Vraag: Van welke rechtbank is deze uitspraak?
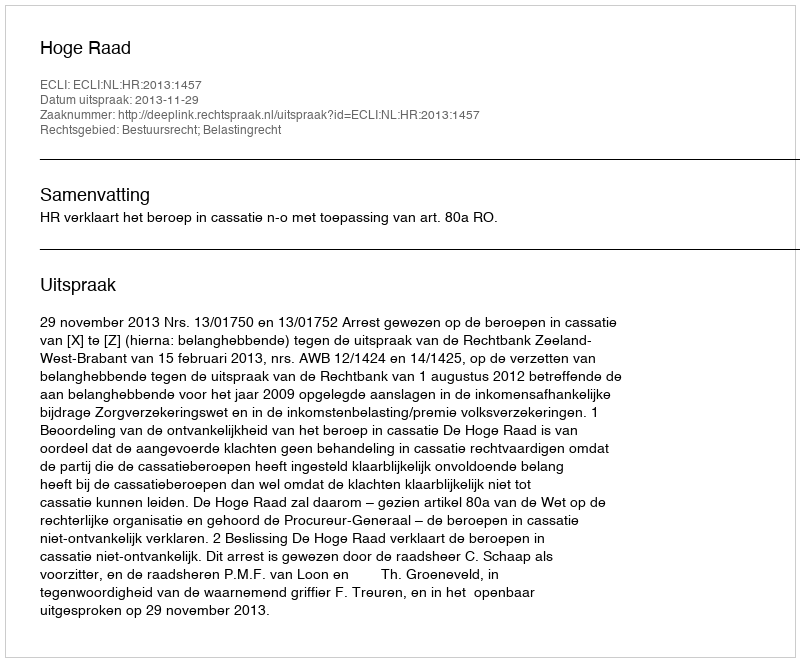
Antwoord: Hoge Raad